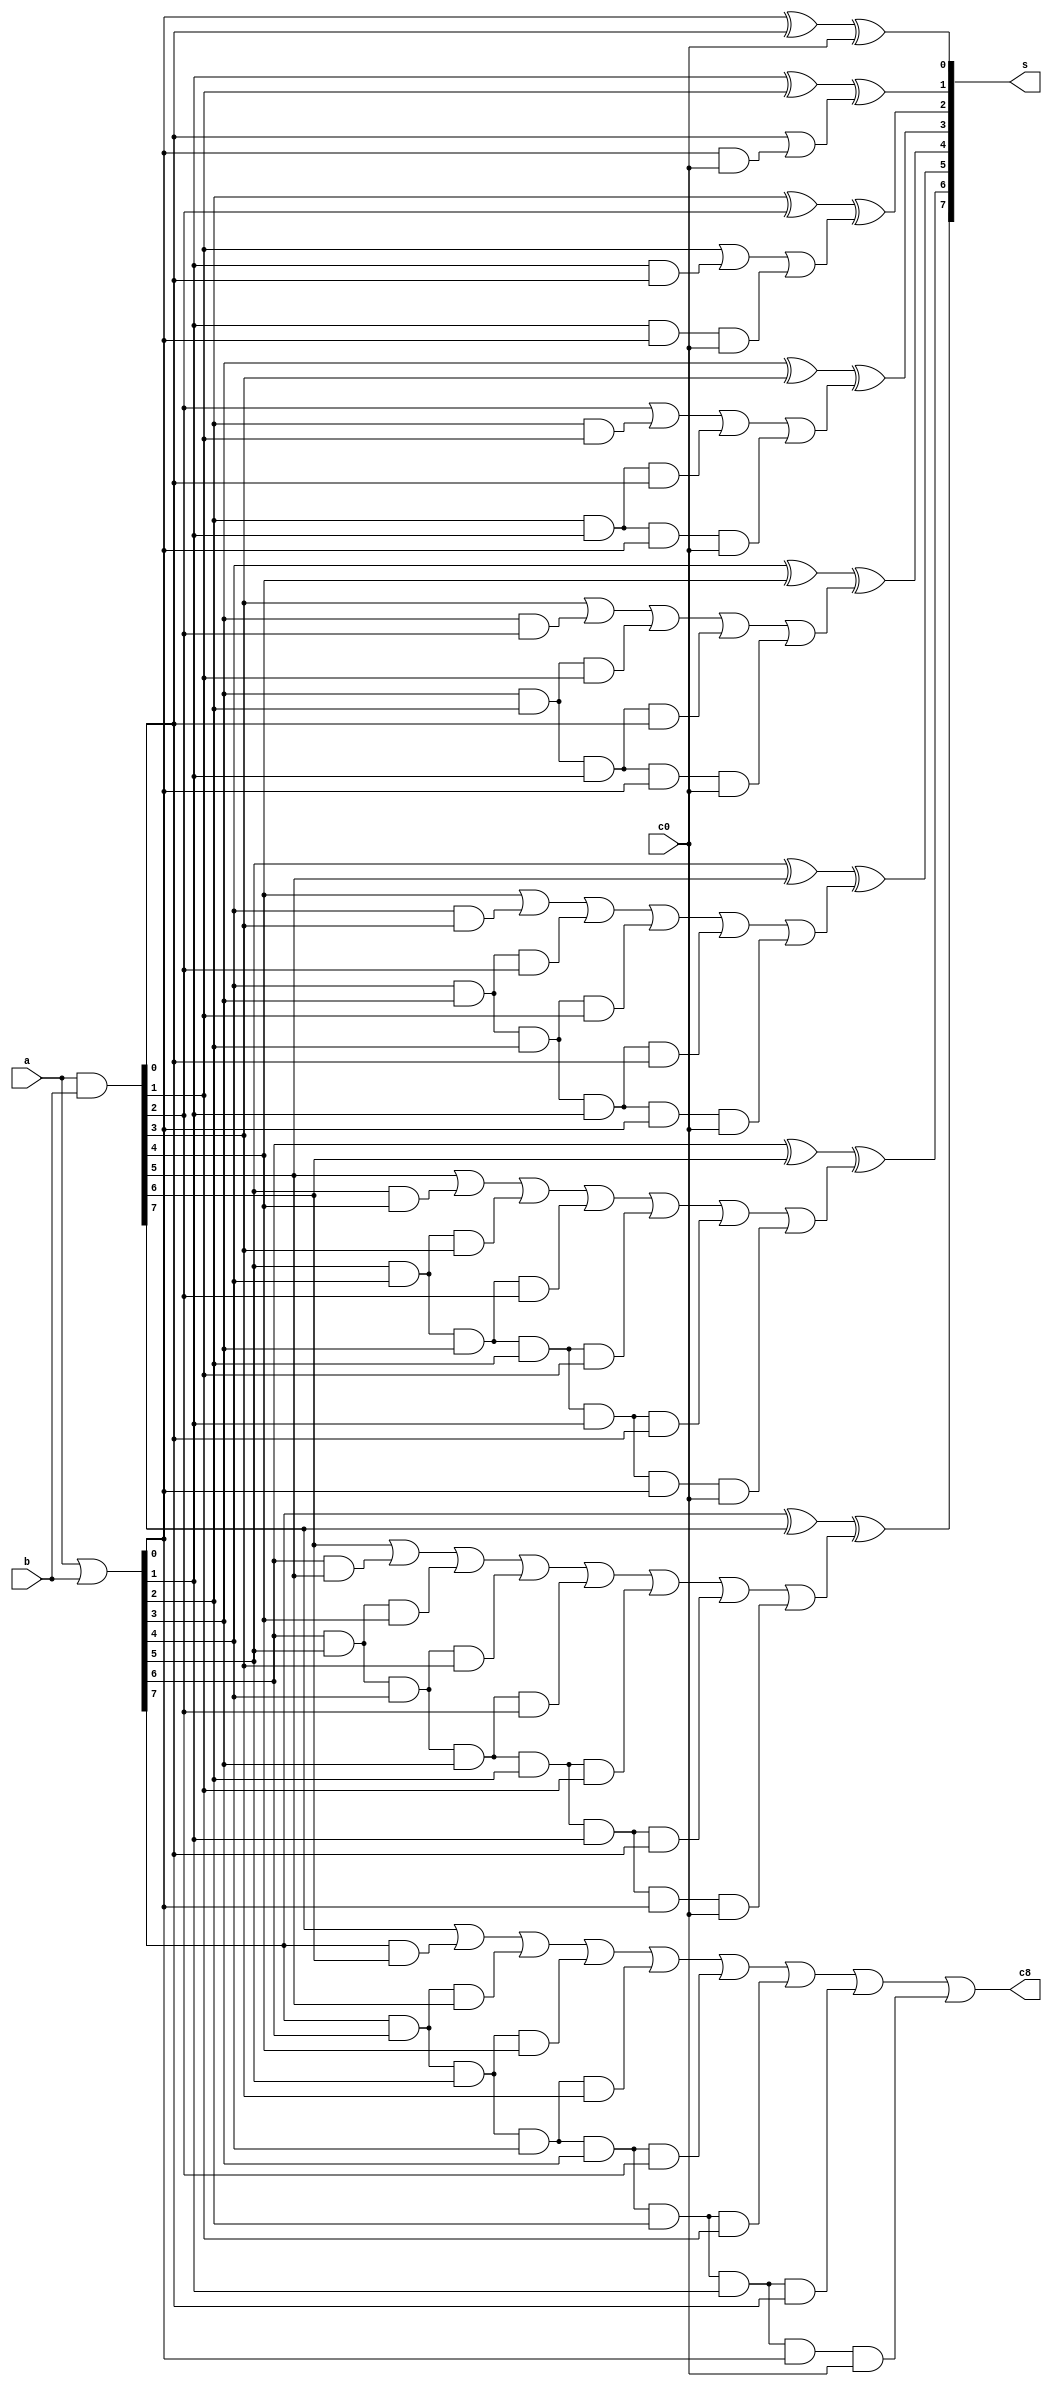
module cla_8bits(a,b,c0,c8,s);
input     [7:0]       a,b;
input                 c0;
output                c8;
output    [7:0]       s;
reg       [7:0]       p,q;
reg       [7:1]       c;
reg       [7:0]       s;
reg                   c8;
always@(a or b or c0)
begin
         p=a|b;
         q=a&b;
         
         c[1]=q[0]  |  p[0]&c0;
         c[2]=q[1]  |  p[1]&q[0]  |  p[1]&p[0]&c0;
         c[3]=q[2]  |  p[2]&q[1]  |  p[2]&p[1]&q[0]  |  p[2]&p[1]&p[0]&c0;
         c[4]=q[3]  |  p[3]&q[2]  |  p[3]&p[2]&q[1]  |  p[3]&p[2]&p[1]&q[0]  |  p[3]&p[2]&p[1]&p[0]&c0;
         c[5]=q[4]  |  p[4]&q[3]  |  p[4]&p[3]&q[2]  |  p[4]&p[3]&p[2]&q[1]  |  p[4]&p[3]&p[2]&p[1]&q[0]  |  p[4]&p[3]&p[2]&p[1]&p[0]&c0;
         c[6]=q[5]  |  p[5]&q[4]  |  p[5]&p[4]&q[3]  |  p[5]&p[4]&p[3]&q[2]  |  p[5]&p[4]&p[3]&p[2]&q[1]  |  p[5]&p[4]&p[3]&p[2]&p[1]&q[0]  |  p[5]&p[4]&p[3]&p[2]&p[1]&p[0]&c0;
         c[7]=q[6]  |  p[6]&q[5]  |  p[6]&p[5]&q[4]  |  p[6]&p[5]&p[4]&q[3]  |  p[6]&p[5]&p[4]&p[3]&q[2]  |  p[6]&p[5]&p[4]&p[3]&p[2]&q[1]  |  p[6]&p[5]&p[4]&p[3]&p[2]&p[1]&q[0]  |  p[6]&p[5]&p[4]&p[3]&p[2]&p[1]&p[0]&c0;
         c8  =q[7]  |  p[7]&q[6]  |  p[7]&p[6]&q[5]  |  p[7]&p[6]&p[5]&q[4]  |  p[7]&p[6]&p[5]&p[4]&q[3]  |  p[7]&p[6]&p[5]&p[4]&p[3]&q[2]  |  p[7]&p[6]&p[5]&p[4]&p[3]&p[2]&q[1]  |  p[7]&p[6]&p[5]&p[4]&p[3]&p[2]&p[1]&q[0]  |  p[7]&p[6]&p[5]&p[4]&p[3]&p[2]&p[1]&p[0]&c0;


s[0]=p[0]^q[0]^c0;
s[1]=p[1]^q[1]^c[1];
s[2]=p[2]^q[2]^c[2];
s[3]=p[3]^q[3]^c[3];
s[4]=p[4]^q[4]^c[4];
s[5]=p[5]^q[5]^c[5];
s[6]=p[6]^q[6]^c[6];
s[7]=p[7]^q[7]^c[7];
end

endmodule